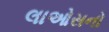
લાઓસનો